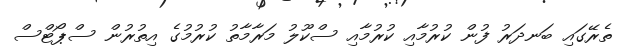
ތެރޭގައި ބަނދަރު ފުން ކުރުމާއި ކުރުމާއި ސްކޫލު މަރާމާތު ކުރުމުގެ އިތުރުން ސްޕޯޓްސް